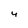
Character: 4